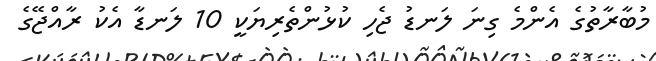
މުބާރާތުގެ އެންމެ ގިނަ ލަނޑު ޖެހި ކުޅުންތެރިޔަކީ 10 ލަނޑާ އެކު ރާއްޖޭގެ